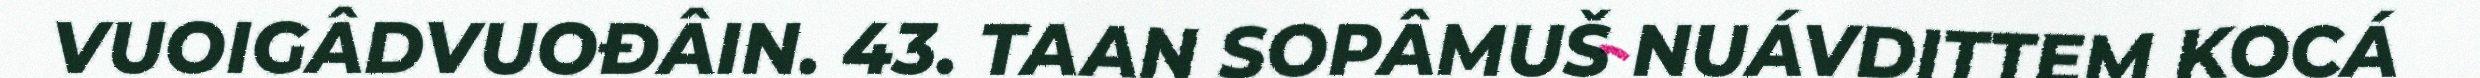
VUOIGÂDVUOĐÂIN. 43. TAAN SOPÂMUŠ NUÁVDITTEM KOCÁ